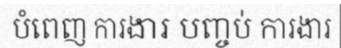
បំពេញ ការងារ បញ្ចប់ ការងារ